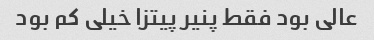
عالی بود فقط پنیر پیتزا خیلی کم بود